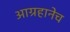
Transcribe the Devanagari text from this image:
आग्रहानेच